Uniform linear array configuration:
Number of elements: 4
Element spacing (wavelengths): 0.5
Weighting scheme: hamming
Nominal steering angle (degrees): -60
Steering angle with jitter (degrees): -58.141
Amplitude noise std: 0.05
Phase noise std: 0.05

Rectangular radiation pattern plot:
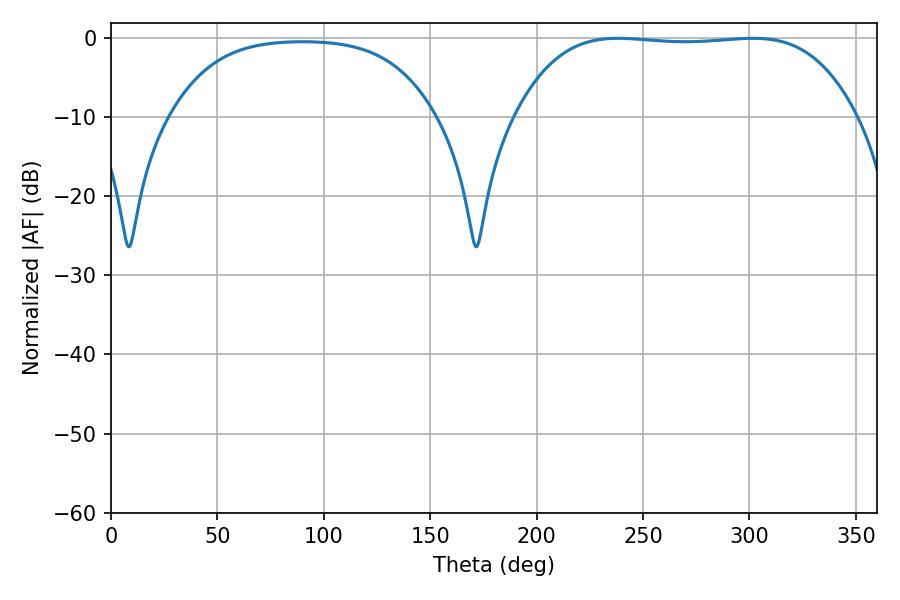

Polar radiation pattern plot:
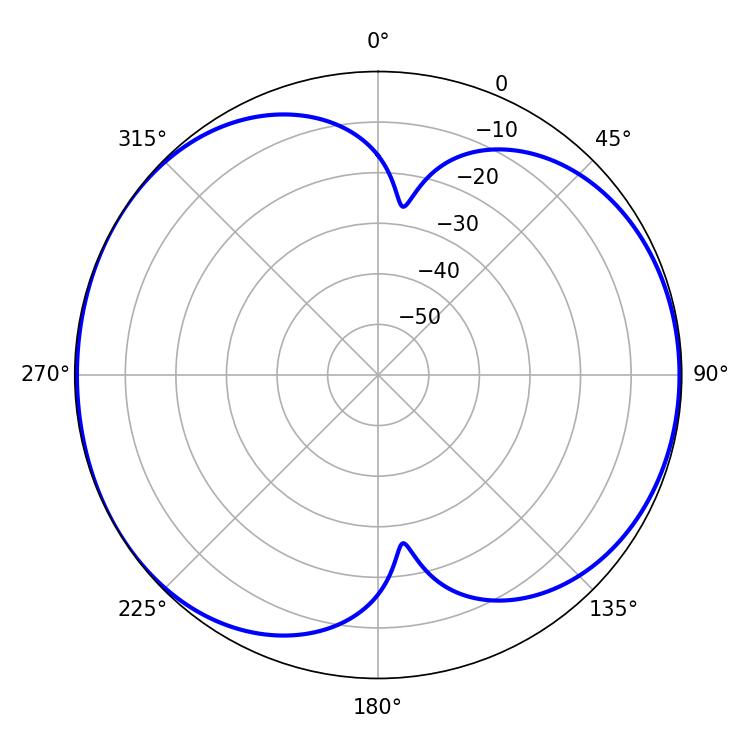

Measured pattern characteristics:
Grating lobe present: FALSE
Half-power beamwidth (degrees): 124.92
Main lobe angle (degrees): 238.32